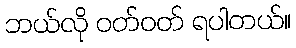
ဘယ်လို ဝတ်ဝတ် ရပါတယ်။